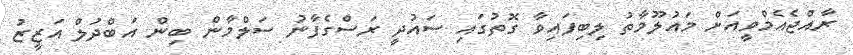
ރާއްޖެއެމްވީއަށް މައުލޫމާތު ލިބިފައިވާ ގޮތުގައި ސައުދީ ރަސްގެފާނު ސަލްމާން ބިން އަބްދުލް އަޒީޒު